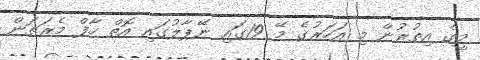
މީގެ އިތުރުން މި އަހަރުގެ މޭ 19ގައި ނޭޕާލުގައި އޮތް ހާފް މެރަތަން